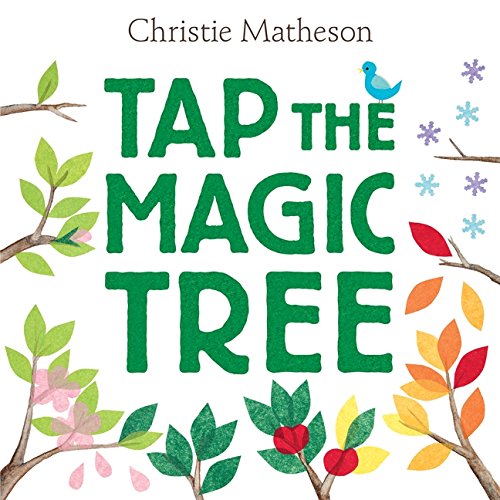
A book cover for Tap the Magic Tree; Christie Matheson; Children's Books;